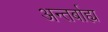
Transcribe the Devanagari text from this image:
अन्तर्बाह्य